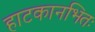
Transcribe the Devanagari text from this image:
हाटकानभितः